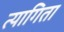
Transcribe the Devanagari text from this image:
त्यागिता